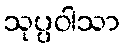
သုပ္ပဝါသာ